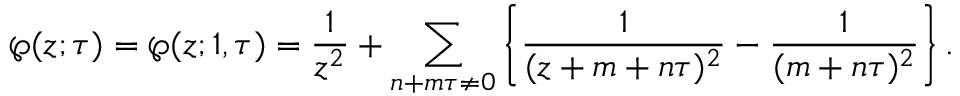
\wp ( z ; \tau ) = \wp ( z ; 1 , \tau ) = { \frac { 1 } { z ^ { 2 } } } + \sum _ { n + m \tau \neq 0 } \left\{ { \frac { 1 } { ( z + m + n \tau ) ^ { 2 } } } - { \frac { 1 } { ( m + n \tau ) ^ { 2 } } } \right\} .